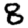
Digit: 8